Report on the bubonic plague in Bombay, 1896-1897
Year: 1896
Disease focus: Plague
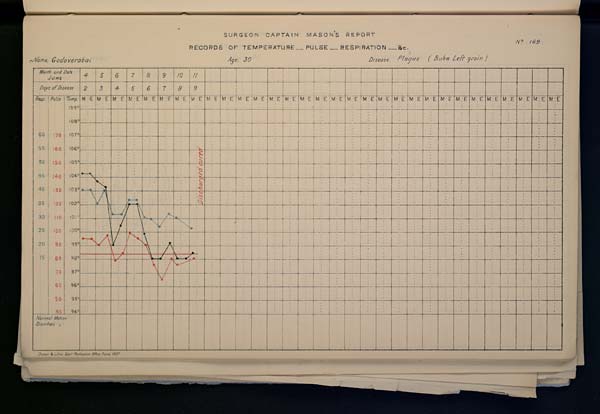
SURGEON
CAPTAIN
MASON'S
REPORT
No. 169
RECORDS OF TEMPERATURE __ PULSE __ RESPIRATION __ &c.
Name,
Godaverabai
Age,
30
Disease,
Plague
(Bubo
Right
groin
)
Drawn & Litho: Govt. Photozinco: Office, Poona 1897.